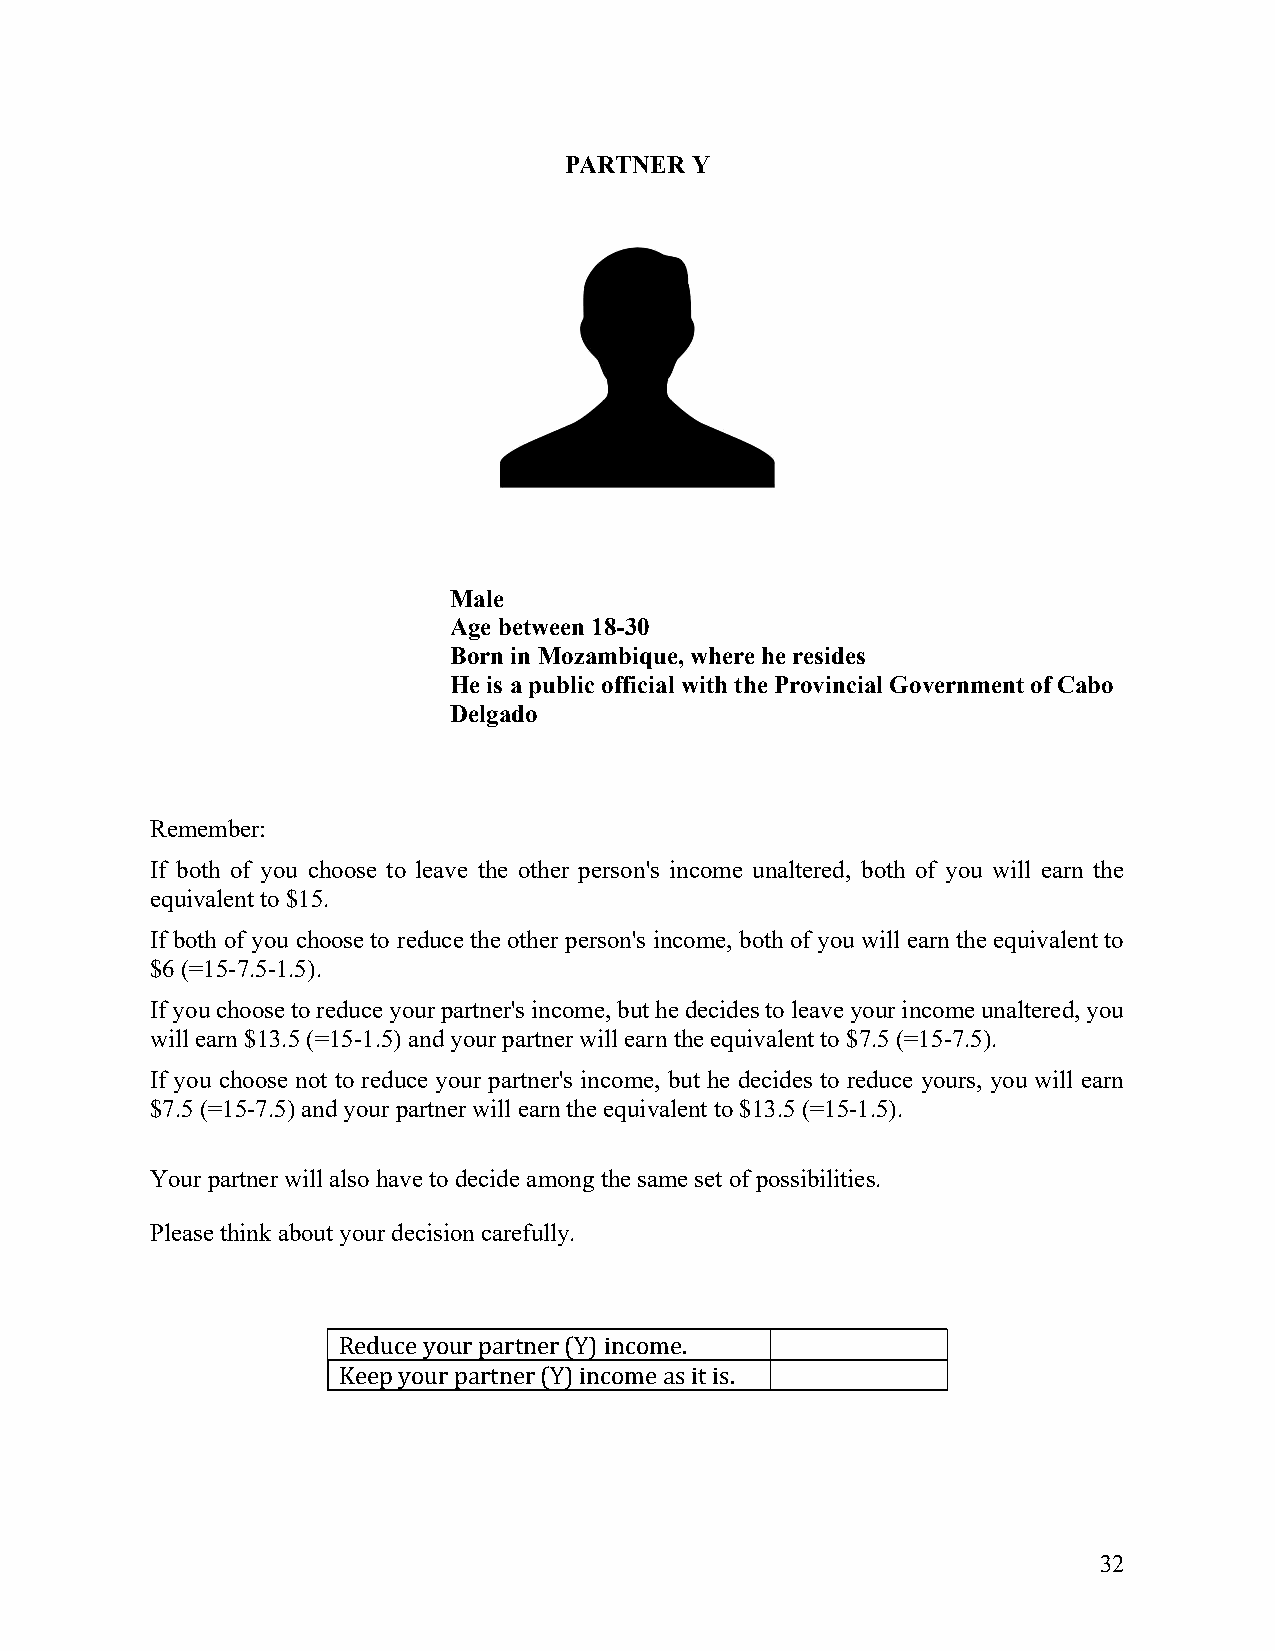
PARTNER  Y
 Male
 Age between 18-30
 Born in Mozambique, where he resides
 He is a public official with the Provincial Government of Cabo
 Delgado
 Remember:
 If both of you choose to leave the other person's income unaltered, both of you will earn the
 equivalent to $15.
 If both of you choose to reduce the other person's income, both of you will earn the equivalent to
 $6 (=15-7.5-1.5).
 If you choose to reduce your partner's income, but he decides to leave your income unaltered, you
 will earn $13.5 (=15-1.5) and your partner will earn the equivalent to $7.5 (=15-7.5).
 If you choose not to reduce your partner's income, but he decides to reduce yours, you will earn
 $7.5 (=15-7.5) and your partner will earn the equivalent to $13.5 (=15-1.5).
 Your partner will also have to decide among the same set of possibilities.
 Please think about your decision carefully.
 Reduce your partner (Y) income.
 Keep your partner (Y) income as it is.
 32